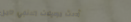
أحدث موديلات العنابي للمل